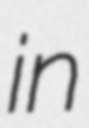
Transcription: in